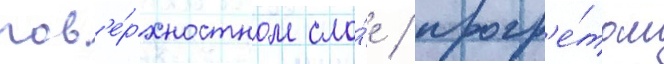
пов'е́рхностном сло́е / прогр'е́том